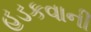
હડકવાની